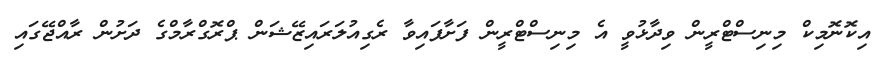
އިކޮނޮމިކް މިނިސްޓްރީން ވިދާޅުވީ އެ މިނިސްޓްރީން ފަށާފައިވާ ރެގިއުލަރައިޒޭޝަން ޕްރޮގްރާމްގެ ދަށުން ރާއްޖޭގައި